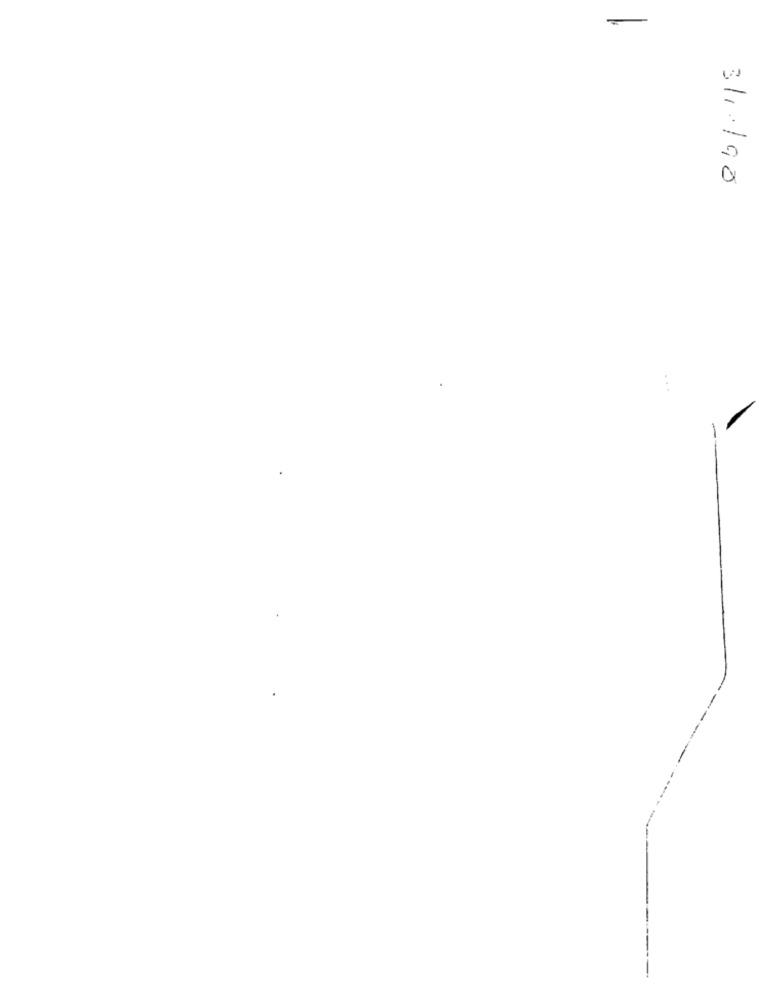
3/10/90